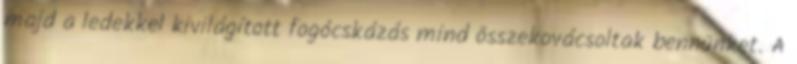
majd a ledekkel kivilágított fogócskázás mind összekovácsoltak bennünket. A